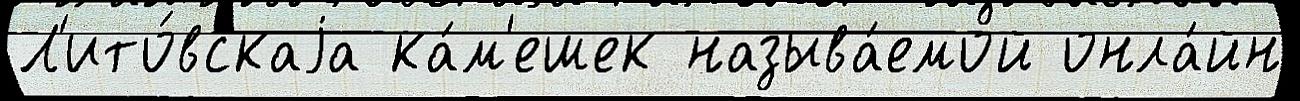
Л'ито́вскаjа ка́м'ешек называ́емой онла́йн